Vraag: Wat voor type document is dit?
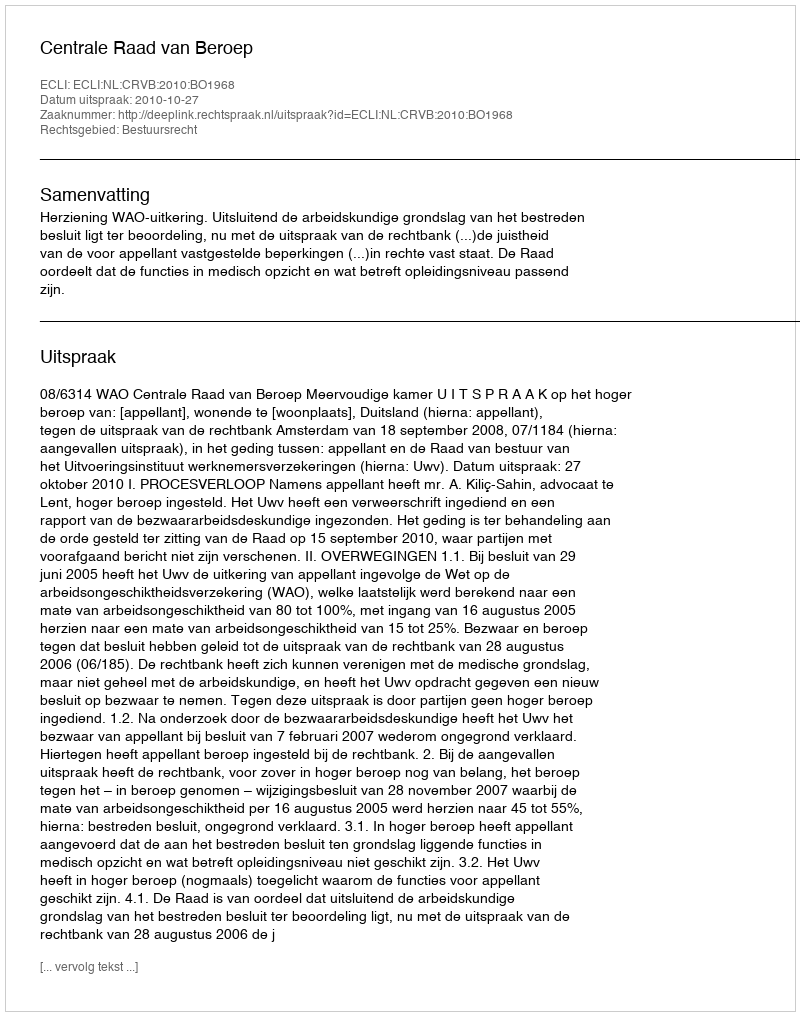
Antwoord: Uitspraak